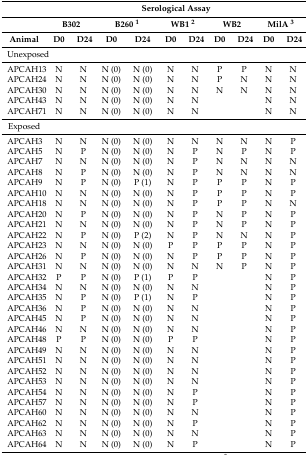
<table><thead><tr><td></td><td colspan="10"><b>Serological Assay</b></td></tr><tr><td></td><td colspan="2"><b>B302</b></td><td colspan="2"><b>B260 <sup>1</sup></b></td><td colspan="2"><b>WB1 <sup>2</sup></b></td><td colspan="2"><b>WB2</b></td><td colspan="2"><b>MilA <sup>3</sup></b></td></tr><tr><td><b>Animal</b></td><td><b>D0</b></td><td><b>D24</b></td><td><b>D0</b></td><td><b>D24</b></td><td><b>D0</b></td><td><b>D24</b></td><td><b>D0</b></td><td><b>D24</b></td><td><b>D0</b></td><td><b>D24</b></td></tr></thead><tbody><tr><td>Unexposed</td><td></td><td></td><td></td><td></td><td></td><td></td><td></td><td></td><td></td><td></td></tr><tr><td>APCAH13</td><td>N</td><td>N</td><td>N (0)</td><td>N (0)</td><td>N</td><td>N</td><td>P</td><td>P</td><td>N</td><td>N</td></tr><tr><td>APCAH24</td><td>N</td><td>N</td><td>N (0)</td><td>N (0)</td><td>N</td><td>N</td><td>P</td><td>N</td><td>N</td><td>N</td></tr><tr><td>APCAH30</td><td>N</td><td>N</td><td>N (0)</td><td>N (0)</td><td>N</td><td>N</td><td>N</td><td>N</td><td>N</td><td>N</td></tr><tr><td>APCAH43</td><td>N</td><td>N</td><td>N (0)</td><td>N (0)</td><td>N</td><td>N</td><td></td><td></td><td>N</td><td>N</td></tr><tr><td>APCAH71</td><td>N</td><td>N</td><td>N (0)</td><td>N (0)</td><td>N</td><td>N</td><td></td><td></td><td>N</td><td>N</td></tr><tr><td>Exposed</td><td></td><td></td><td></td><td></td><td></td><td></td><td></td><td></td><td></td><td></td></tr><tr><td>APCAH3</td><td>N</td><td>N</td><td>N (0)</td><td>N (0)</td><td>N</td><td>N</td><td>N</td><td>N</td><td>N</td><td>P</td></tr><tr><td>APCAH5</td><td>N</td><td>P</td><td>N (0)</td><td>N (0)</td><td>N</td><td>P</td><td>N</td><td>P</td><td>N</td><td>P</td></tr><tr><td>APCAH7</td><td>N</td><td>N</td><td>N (0)</td><td>N (0)</td><td>N</td><td>P</td><td>N</td><td>N</td><td>N</td><td>N</td></tr><tr><td>APCAH8</td><td>N</td><td>P</td><td>N (0)</td><td>N (0)</td><td>N</td><td>P</td><td>N</td><td>N</td><td>N</td><td>N</td></tr><tr><td>APCAH9</td><td>N</td><td>P</td><td>N (0)</td><td>P (1)</td><td>N</td><td>P</td><td>P</td><td>P</td><td>N</td><td>P</td></tr><tr><td>APCAH10</td><td>N</td><td>N</td><td>N (0)</td><td>N (0)</td><td>N</td><td>P</td><td>P</td><td>P</td><td>N</td><td>P</td></tr><tr><td>APCAH18</td><td>N</td><td>N</td><td>N (0)</td><td>N (0)</td><td>N</td><td>P</td><td>P</td><td>P</td><td>N</td><td>N</td></tr><tr><td>APCAH20</td><td>N</td><td>P</td><td>N (0)</td><td>N (0)</td><td>N</td><td>P</td><td>N</td><td>P</td><td>N</td><td>P</td></tr><tr><td>APCAH21</td><td>N</td><td>N</td><td>N (0)</td><td>N (0)</td><td>N</td><td>P</td><td>N</td><td>P</td><td>N</td><td>P</td></tr><tr><td>APCAH22</td><td>N</td><td>P</td><td>N (0)</td><td>P (2)</td><td>N</td><td>P</td><td>N</td><td>N</td><td>N</td><td>P</td></tr><tr><td>APCAH23</td><td>N</td><td>N</td><td>N (0)</td><td>N (0)</td><td>P</td><td>P</td><td>P</td><td>P</td><td>N</td><td>P</td></tr><tr><td>APCAH26</td><td>N</td><td>P</td><td>N (0)</td><td>N (0)</td><td>N</td><td>P</td><td>P</td><td>P</td><td>N</td><td>P</td></tr><tr><td>APCAH31</td><td>N</td><td>N</td><td>N (0)</td><td>N (0)</td><td>N</td><td>N</td><td>N</td><td>P</td><td>N</td><td>P</td></tr><tr><td>APCAH32</td><td>P</td><td>P</td><td>N (0)</td><td>P (1)</td><td>P</td><td>P</td><td></td><td></td><td>N</td><td>P</td></tr><tr><td>APCAH34</td><td>N</td><td>N</td><td>N (0)</td><td>N (0)</td><td>N</td><td>N</td><td></td><td></td><td>N</td><td>P</td></tr><tr><td>APCAH35</td><td>N</td><td>P</td><td>N (0)</td><td>P (1)</td><td>N</td><td>P</td><td></td><td></td><td>N</td><td>P</td></tr><tr><td>APCAH36</td><td>N</td><td>P</td><td>N (0)</td><td>N (0)</td><td>N</td><td>N</td><td></td><td></td><td>N</td><td>P</td></tr><tr><td>APCAH45</td><td>N</td><td>P</td><td>N (0)</td><td>N (0)</td><td>N</td><td>N</td><td></td><td></td><td>N</td><td>P</td></tr><tr><td>APCAH46</td><td>N</td><td>N</td><td>N (0)</td><td>N (0)</td><td>N</td><td>N</td><td></td><td></td><td>N</td><td>P</td></tr><tr><td>APCAH48</td><td>P</td><td>P</td><td>N (0)</td><td>N (0)</td><td>P</td><td>P</td><td></td><td></td><td>N</td><td>P</td></tr><tr><td>APCAH49</td><td>N</td><td>N</td><td>N (0)</td><td>N (0)</td><td>N</td><td>N</td><td></td><td></td><td>N</td><td>P</td></tr><tr><td>APCAH51</td><td>N</td><td>N</td><td>N (0)</td><td>N (0)</td><td>N</td><td>N</td><td></td><td></td><td>N</td><td>P</td></tr><tr><td>APCAH52</td><td>N</td><td>N</td><td>N (0)</td><td>N (0)</td><td>N</td><td>N</td><td></td><td></td><td>N</td><td>P</td></tr><tr><td>APCAH53</td><td>N</td><td>N</td><td>N (0)</td><td>N (0)</td><td>N</td><td>N</td><td></td><td></td><td>N</td><td>P</td></tr><tr><td>APCAH54</td><td>N</td><td>N</td><td>N (0)</td><td>N (0)</td><td>N</td><td>P</td><td></td><td></td><td>N</td><td>P</td></tr><tr><td>APCAH57</td><td>N</td><td>N</td><td>N (0)</td><td>N (0)</td><td>N</td><td>P</td><td></td><td></td><td>N</td><td>P</td></tr><tr><td>APCAH60</td><td>N</td><td>N</td><td>N (0)</td><td>N (0)</td><td>N</td><td>N</td><td></td><td></td><td>N</td><td>P</td></tr><tr><td>APCAH62</td><td>N</td><td>N</td><td>N (0)</td><td>N (0)</td><td>N</td><td>P</td><td></td><td></td><td>N</td><td>P</td></tr><tr><td>APCAH63</td><td>N</td><td>N</td><td>N (0)</td><td>N (0)</td><td>N</td><td>N</td><td></td><td></td><td>N</td><td>P</td></tr><tr><td>APCAH64</td><td>N</td><td>N</td><td>N (0)</td><td>N (0)</td><td>N</td><td>P</td><td></td><td></td><td>N</td><td>P</td></tr></tbody></table>